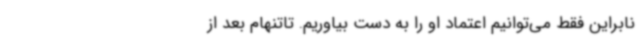
نابراین فقط می‌توانیم اعتماد او را به دست بیاوریم. تاتنهام بعد از